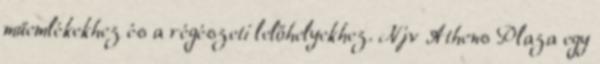
műemlékekhez és a régészeti lelőhelyekhez. Njv Athens Plaza egy